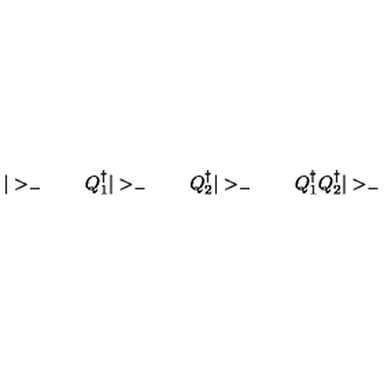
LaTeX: | > _ { - } \qquad Q _ { 1 } ^ { \dagger } | > _ { - } \qquad Q _ { 2 } ^ { \dagger } | > _ { - } \qquad Q _ { 1 } ^ { \dagger } Q _ { 2 } ^ { \dagger } | > _ { - }